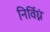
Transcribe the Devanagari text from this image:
निर्विघ्नं